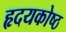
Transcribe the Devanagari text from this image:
हृदयकोष्ठ